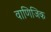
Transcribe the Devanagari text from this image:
वाणिजिक